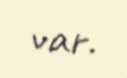
var.